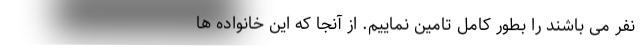
نفر می باشند را بطور کامل تامین نماییم. از آنجا که این خانواده ها